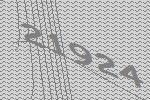
21924